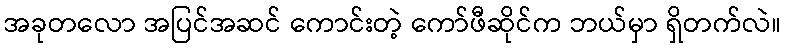
အခုတလော အပြင်အဆင် ကောင်းတဲ့ ကော်ဖီဆိုင်က ဘယ်မှာ ရှိတက်လဲ။